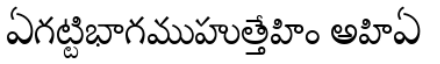
ఏగట్టిభాగముహుత్తేహిం అహిఏ